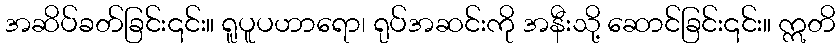
အဆိပ်ခတ်ခြင်း၎င်း။ ရူပူပဟာရော၊ ရုပ်အဆင်းကို အနီးသို့ ဆောင်ခြင်း၎င်း။ ဣတိ